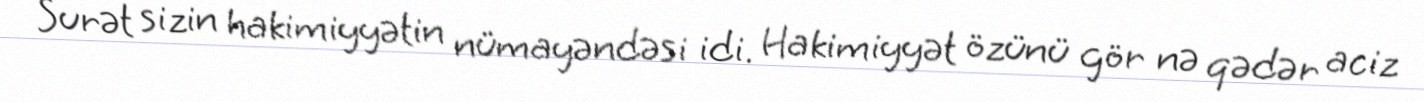
Surət sizin hakimiyyətin nümayəndəsi idi. Hakimiyyət özünü gör nə qədər aciz